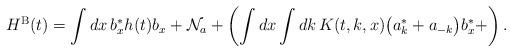
LaTeX: \begin{align*}H^{\rm{B}} (t) &= \int dx\, b^{*}_x h(t) b_x + \mathcal{N}_a + \left( \int dx \int dk\, K(t,k,x) \big( a_k^{*} + a_{-k} \big) b^*_x + \right) .\end{align*}